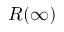
R ( \infty )